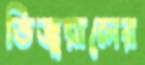
ভিজুয়ালের